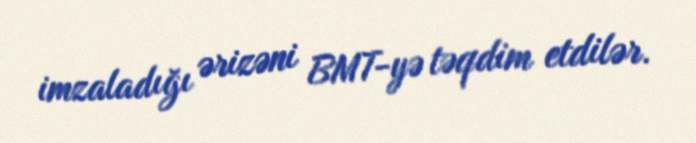
imzaladığı ərizəni BMT-yə təqdim etdilər.